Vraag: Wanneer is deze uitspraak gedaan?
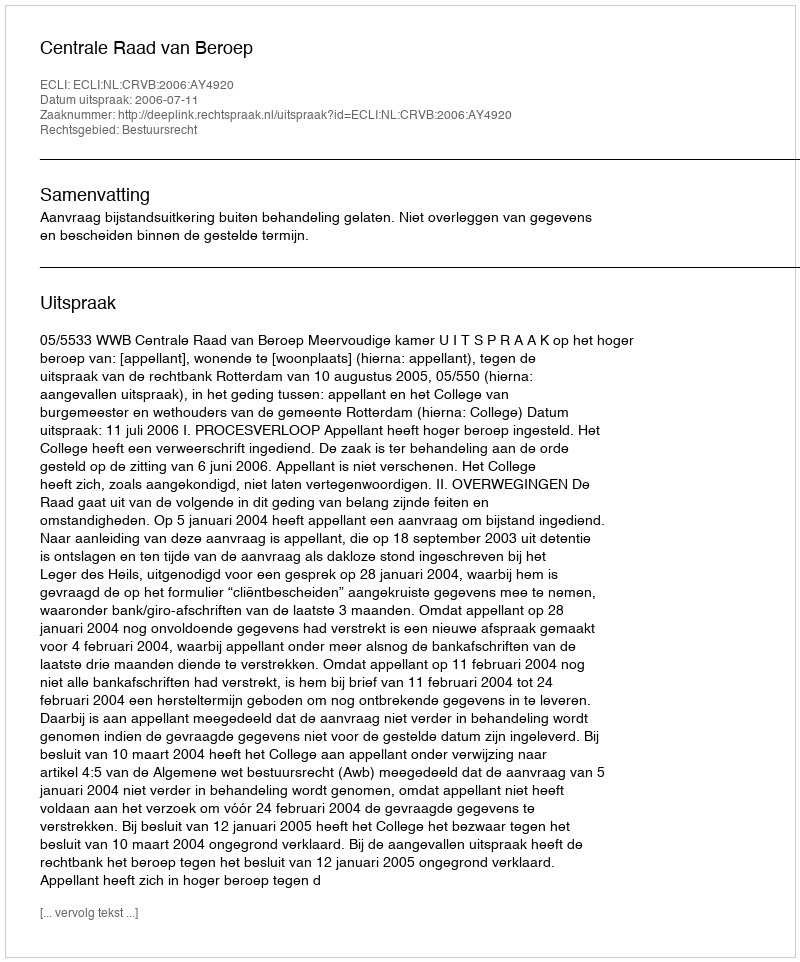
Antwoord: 2006-07-11